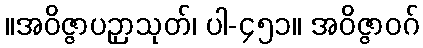
။အဝိဇ္ဇာပဉှာသုတ်၊ ပါ-၄၅၁။ အဝိဇ္ဇာဝဂ်